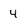
Character: 4